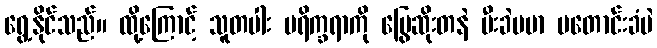
ရွေ့နိုင်သည်။ ထို့ကြောင့် သူတပါး ပရိက္ခရာကို မြွေဆိုးတနဲ မီးခဲပမာ မတောင်းခံပဲ